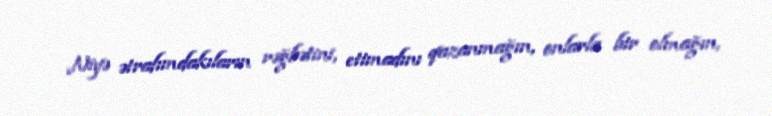
Niyə ətrafımdakıların rəğbətini, etimadını qazanmağın, onlarla bir olmağın,